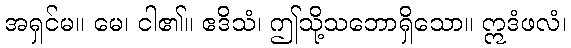
အရှင်မ။ မေ၊ ငါ၏။ ဧဒိသံ၊ ဤသို့သဘောရှိသော။ ဣဒံဖလံ၊